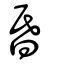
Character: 昏